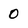
Character: 0